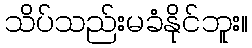
သိပ်သည်းမခံနိုင်ဘူး။